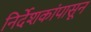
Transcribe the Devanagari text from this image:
निर्देशकांपासून